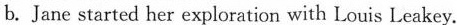
b.Jane started her exploration with Louis Leakey.